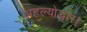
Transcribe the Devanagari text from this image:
अहल्योद्धार।